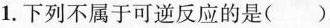
1.下列不属于可逆反应的是( )